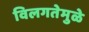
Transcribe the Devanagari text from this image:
विलगतेमुळे